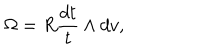
LaTeX: \Omega = R \frac { d t } { t } \wedge d v ,